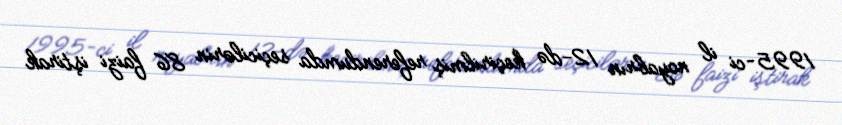
1995-ci il noyabrın 12-də keçirilmiş referendumda seçicilərin 86 faizi iştirak